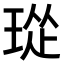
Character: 㻜